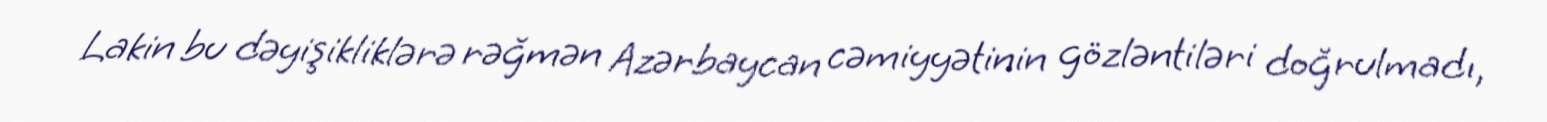
Lakin bu dəyişikliklərə rəğmən Azərbaycan cəmiyyətinin gözləntiləri doğrulmadı,